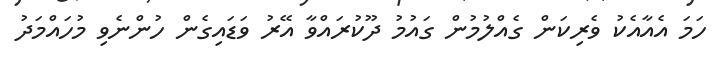
ހަމަ އެއާއެކު ވެރިކަން ގެއްލުމުން ގައުމު ދޫކުރައްވާ އޭރު ވަޑައިގެން ހުންނެވި މުހައްމަދު